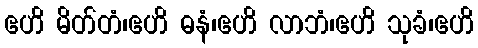
ဧဟိ မိတ်တံ၊ဧဟိ ဓနံ၊ဧဟိ လာဘံ၊ဧဟိ သုခံ၊ဧဟိ